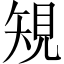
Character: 䂓